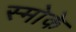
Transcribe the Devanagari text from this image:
स्मोके